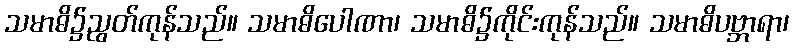
သမာဓိ၌ညွတ်ကုန်သည်။ သမာဓိပေါဏာ၊ သမာဓိ၌ကိုင်းကုန်သည်။ သမာဓိပဗ္ဘာရာ၊